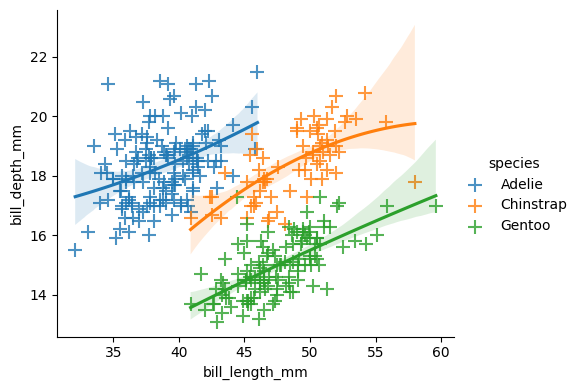
python, seaborn, lmplot, aspect=1.2, order=2, markers='+'